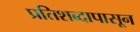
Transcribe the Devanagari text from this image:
प्रतिशब्दापासून